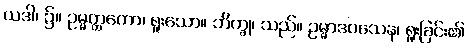
ယဒါ၊ ၌။ ဥမ္မတ္တကော၊ ရူးသော။ ဘိက္ခု၊ သည်။ ဥမ္မာဒဝသေန၊ ရူးခြင်း၏